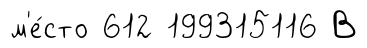
м'е́сто 612 199315116 В